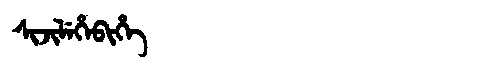
Manchu: ᠰᡳᠵᡳᠯᡝᡥᡝᠪᡳᡥᡝ
Romanization: SIJILEHEBIHE